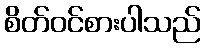
စိတ်ဝင်စားပါသည်